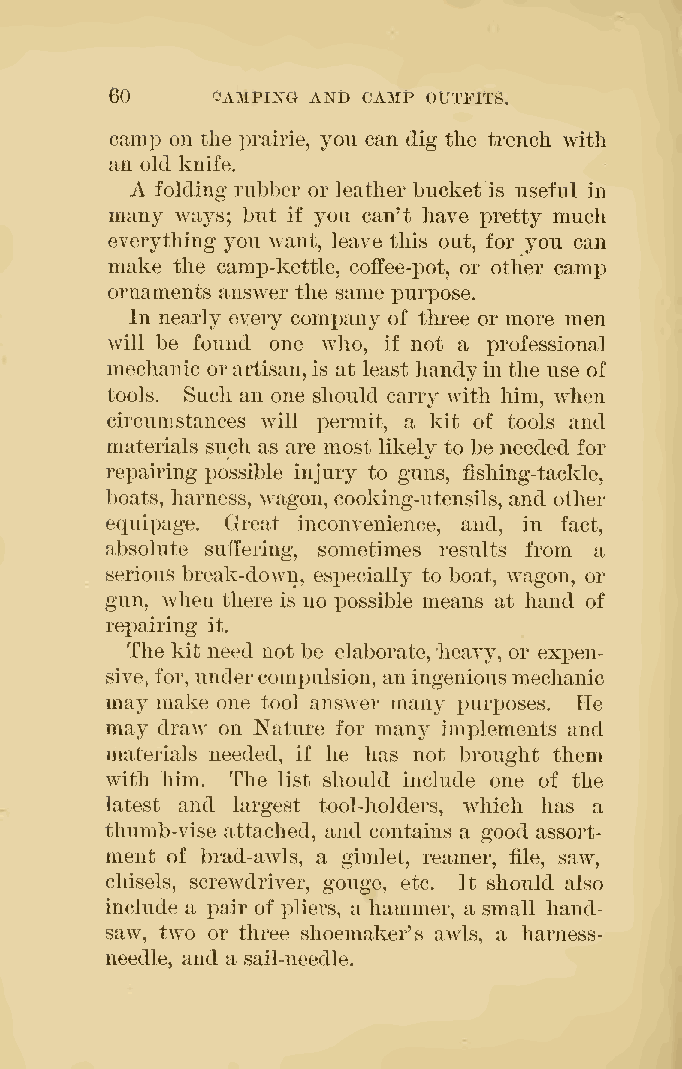
60     OAMPIXG AND CAMP OUTFITS.
 camp on the prairie, you can dig tlie trench with
 an old knife.
 A folding rubber or leather bucket is useful in
 many ways; but if you can't have pretty much
 everything you want, leave this out, for you can
 make the camj)-kettle, coffee-pot, or other camp
 ornaments answer the same purpose.
 In nearly every company of three or more men
 will be found one who, if not a professional
 mechanic orartisan, is at least handy in the use of
 tools. Such an one should carry with him, when
 circumstances will permit, a kit of tools and
 materials such as are most likely to be needed for
 repairing possible injury to guns, fishing-tackle,
 boats, harness, wagon, cooking-utensils, and other
 equipage. Great inconvenience, and, in fact,
 absolute suffering, sometimes results from a
 serious break-down, especially to boat, wagon, or
 gun, when there is no possible means at hand of
 repairing it.
 The kit need not be elaborate, heavy, or expen-
 sive, for, undercompulsion, an ingeniousmechanic
 may make one tool answer many purposes. He
 may draw on Nature for many implements and
 materials needed, if he has not brought them
 with him. The list should include one of the
 latest and largest tool-holders, which has a
 thiimb-vise attached, and contains a good assort-
 ment of brad-awls, a gimlet, reamer, file, saw,
 chisels, screwdriver, gouge, etc. It should also
 include a X3air of pliers, a hammer, a small hand-
 saw, two or three shoemaker's awls, a harness-
 needle, and a sail-needle.